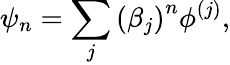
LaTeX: \psi_{n}=\sum_{j}\left(\beta_{j}\right)^{n}\phi^{\left(j\right)},